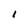
Character: I